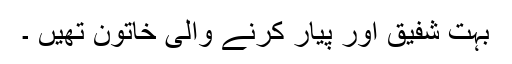
بہت شفیق اور پیار کرنے والی خاتون تھیں ۔